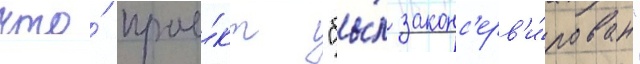
что́ прое́кт "бы́л законс'ерв'и́рован"